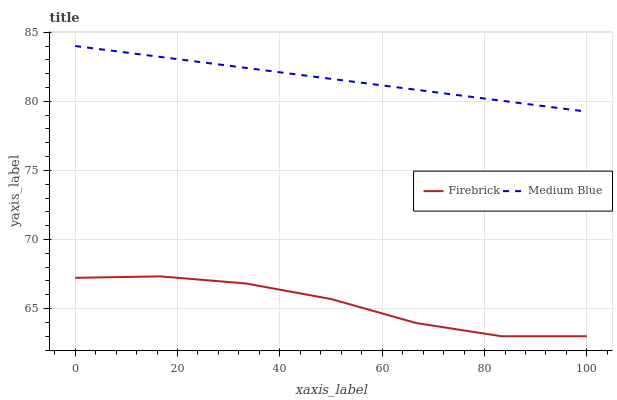
| xaxis_label | Firebrick | Medium Blue |
 | --- | --- | --- |
 | 0 | 67.2 | 84 |
 | 16.7 | 67.3 | 83.2 |
 | 33.3 | 66.8 | 82.4 |
 | 50 | 65.7 | 81.6 |
 | 66.7 | 64 | 80.8 |
 | 83.3 | 63 | 80 |
 | 100 | 63 | 79.2 |